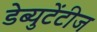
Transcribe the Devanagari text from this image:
डेब्युटेंटीज